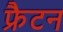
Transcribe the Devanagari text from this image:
फ्रैटन